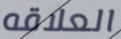
العلاقه